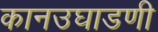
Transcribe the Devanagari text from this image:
कानउघाडणी